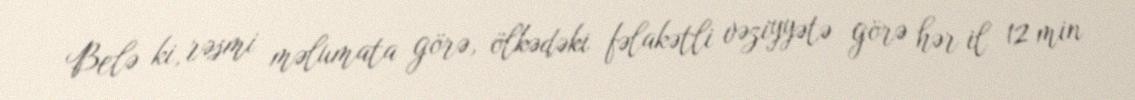
Belə ki, rəsmi məlumata görə, ölkədəki fəlakətli vəziyyətə görə hər il 12 min